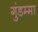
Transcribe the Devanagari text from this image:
गुंडम्मा